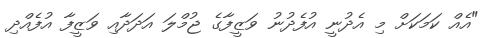
"އެއް ކަމަކަށް މި އެދުނީ އުފެދުނު ވަޒީފާގެ ޖުމްލަ އަދަދާއި ވަޒީފާ އުފެއްދި